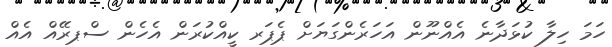
ހަމަ ހިލާ ކުޅަދާނެ އެއްނޫން އަހަރެންގަޔަށް ޕެޕަރ ކީއްކުރަން އެހެން ސްޕރޭއް އެއް